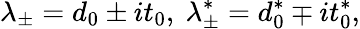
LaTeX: \lambda_{\pm}=d_{0}\pm it_{0},~\lambda_{\pm}^{\ast}=d_{0}^{\ast}\mp it_{0}^{\ast},